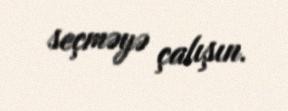
seçməyə çalışın.